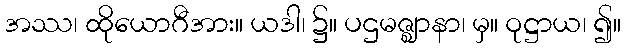
အဿ၊ ထိုယောဂီအား။ ယဒါ၊ ၌။ ပဌမဇ္ဈာနာ၊ မှ။ ဝုဋ္ဌာယ၊ ၍။